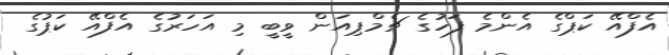
އެފްއޭ ކަޕްގެ އެންމެ ފަހުގެ ޗެމްޕިއަން ވީބީ މި އަހަރުގެ އެފްއޭ ކަޕުގެ